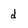
Character: d